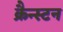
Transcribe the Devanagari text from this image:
क्रैन्स्टन